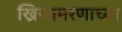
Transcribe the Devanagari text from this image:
ख्रिस्तमरणाच्या